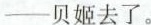
——贝姬去了。